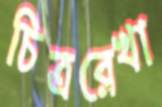
চিত্ররেখা